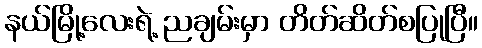
နယ်မြို့လေးရဲ့ ညချမ်းမှာ တိတ်ဆိတ်စပြုပြီ။